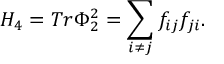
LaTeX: H _ { 4 } = T r \Phi _ { 2 } ^ { 2 } = \sum _ { i \neq j } f _ { i j } f _ { j i } .